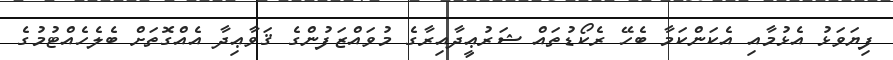
ފިޔަވަޅު އެޅުމާއި އެކަންކަމާ ބެހޭ ރެކޯޑުތައް ޝަރުޢީދާއިރާގެ މުވައްޒަފުންގެ ޤަވާޢިދާ އެއްގޮތަށް ބެލެހެއްޓުމުގެ